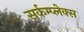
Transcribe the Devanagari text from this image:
सर्कम्प्लेक्स